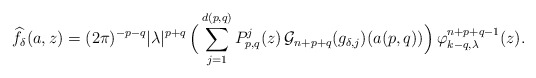
\begin{align*} \widehat{f_\delta}(a,z) = (2\pi)^{-p-q} |\lambda|^{p+q} \, \Big( \sum_{j=1}^{d(p,q)} P_{p,q}^j(z)\, \mathcal{G}_{n+p+q}(g_{\delta,j})(a(p,q))\Big) \, \varphi_{k-q,\lambda}^{n+p+q-1}(z).\end{align*}